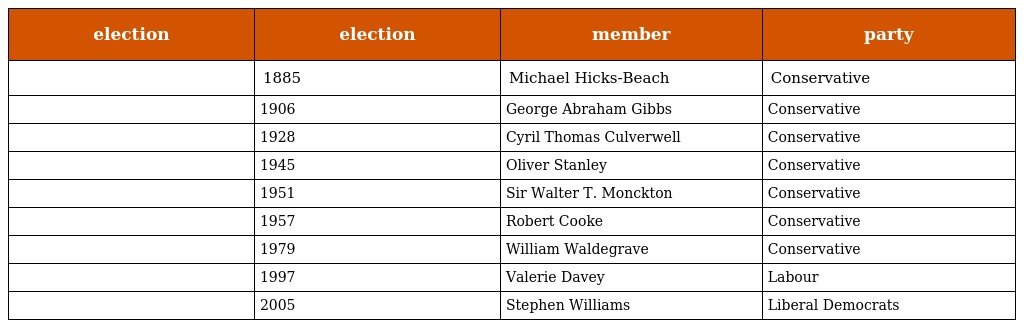
| election | election | member | party |
 | --- | --- | --- | --- |
 |  | 1885 | Michael Hicks-Beach | Conservative |
 |  | 1906 | George Abraham Gibbs | Conservative |
 |  | 1928 | Cyril Thomas Culverwell | Conservative |
 |  | 1945 | Oliver Stanley | Conservative |
 |  | 1951 | Sir Walter T. Monckton | Conservative |
 |  | 1957 | Robert Cooke | Conservative |
 |  | 1979 | William Waldegrave | Conservative |
 |  | 1997 | Valerie Davey | Labour |
 |  | 2005 | Stephen Williams | Liberal Democrats |